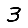
Digit: 3